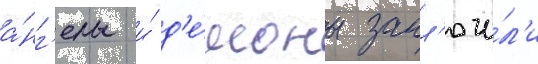
а́нг'елы и́ д'е́моны закл'ючи́л'и